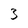
Character: 3